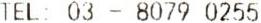
TEL: 03 - 8079 0255